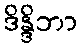
ဒိန္ဒိဘာ